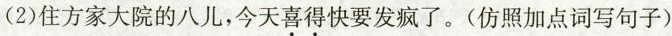
(2)住方家大院的八儿，今天\underset{·}{喜}\underset{·}{得}快要发疯了。(仿照加点词写句子)